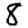
Digit: 8